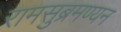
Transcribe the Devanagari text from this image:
रामसुब्रमण्यन